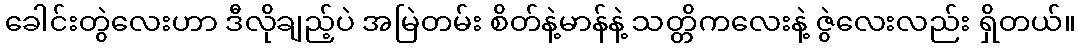
ခေါင်းတွဲလေးဟာ ဒီလိုချည့်ပဲ အမြဲတမ်း စိတ်နဲ့မာန်နဲ့ သတ္တိကလေးနဲ့ ဇွဲလေးလည်း ရှိတယ်။